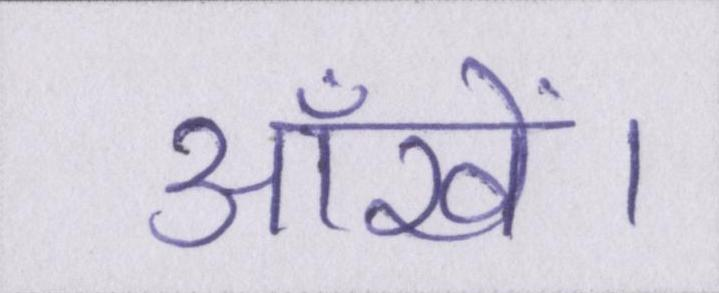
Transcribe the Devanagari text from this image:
आँखें।